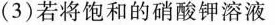
(3)若将饱和的硝酸钾溶液